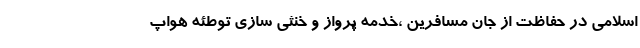
اسلامی در حفاظت از جان مسافرین ،خدمه پرواز و خنثی سازی توطئه هواپ